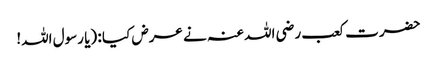
حضرت کعب رضی اللہ عنہ نے عرض کیا : (یا رسول اللہ!